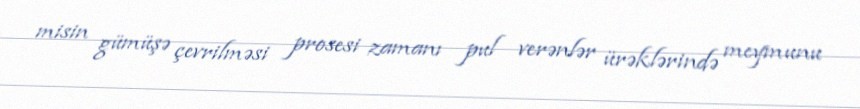
misin gümüşə çevrilməsi prosesi zamanı pul verənlər ürəklərində meymunu